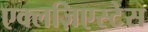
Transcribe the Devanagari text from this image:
एक्लज़िएस्टेस